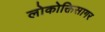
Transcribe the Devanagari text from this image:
लोकोक्तिसागर